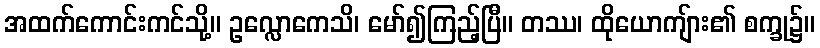
အထက်ကောင်းကင်သို့။ ဥလ္လောကေသိ၊ မော်၍ကြည့်ပြီ။ တဿ၊ ထိုယောကျ်ား၏ စက္ခု၌။